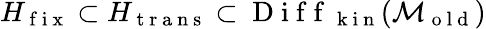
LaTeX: H_{\mathrm{~f~i~x~}}\subset H_{\mathrm{~t~r~a~n~s~}}\subset\mathrm{~D~i~f~f~}_{\mathrm{~k~i~n~}}(\mathcal{M}_{\mathrm{~o~l~d~}})